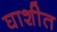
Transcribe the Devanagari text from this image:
घाशीत